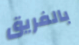
بالفريق